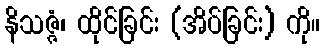
နိသဇ္ဇံ၊ ထိုင်ခြင်း (အိပ်ခြင်း) ကို။